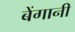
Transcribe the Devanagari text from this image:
बेंगानी